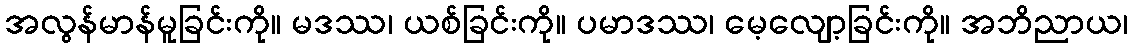
အလွန်မာန်မူခြင်းကို။ မဒဿ၊ ယစ်ခြင်းကို။ ပမာဒဿ၊ မေ့လျော့ခြင်းကို။ အဘိညာယ၊